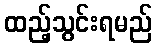
ထည့်သွင်းရမည်